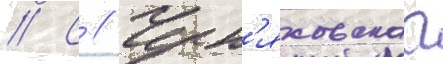
// С // Черн'яховскаа